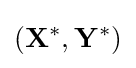
(\mathbf {X^{*}} ,\mathbf {Y^{*}} )